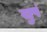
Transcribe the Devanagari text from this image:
खुपं